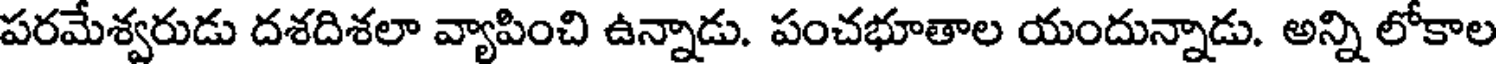
పరమేశ్వరుడు దశదిశలా వ్యాపించి ఉన్నాడు. పంచభూతాల యందున్నాడు. అన్ని లోకాల